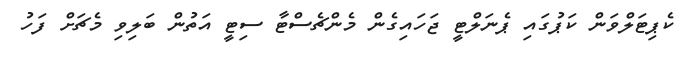
ކެޕިޓަލްވަން ކަޕުގައި ޕެނަލްޓީ ޖަހައިގެން މެންޗެސްޓާ ސިޓީ އަތުން ބަލިވި މެޗަށް ފަހު